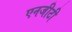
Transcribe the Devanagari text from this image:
एनजीटी